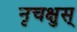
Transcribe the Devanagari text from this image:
नृचक्षुस्